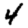
Digit: 4